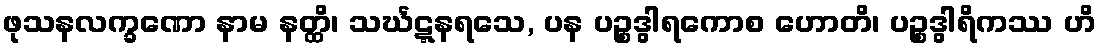
ဖုသနလက္ခဏော နာမ နတ္ထိ၊ သင်္ဃဋ္ဋနရသေ, ပန ပဉ္စဒွါရကောစ ဟောတိ၊ ပဉ္စဒွါရိကဿ ဟိ